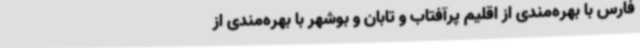
فارس با بهره‌مندی از اقلیم پرآفتاب و تابان و بوشهر با بهره‌مندی از